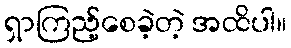
ရှာကြည့်စေခဲ့တဲ့ အထိပါ။